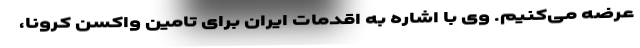
عرضه می‌کنیم. وی با اشاره به اقدمات ایران برای تامین واکسن کرونا،